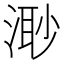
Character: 𣺌